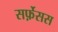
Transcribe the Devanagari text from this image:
सर्फ़ेसस